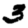
Digit: 3